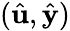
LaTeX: (\hat{\mathbf{u}},\hat{\mathbf{y}})